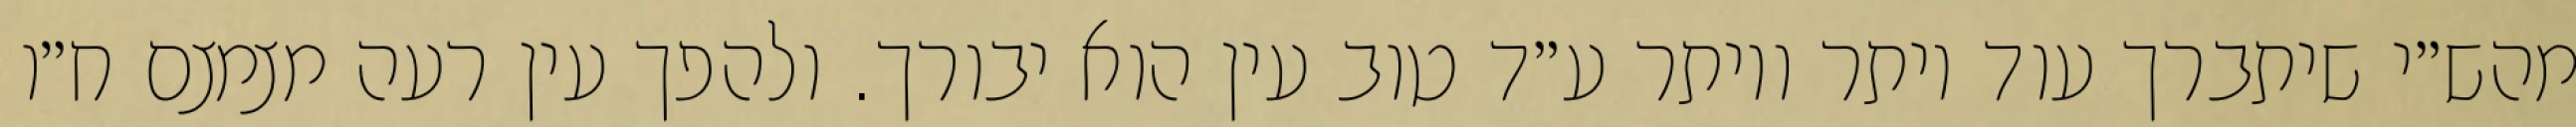
מהש״י שיתברך עוד יותר ויותר ע״ד טוב עין הוא יבורך. ולהפך עין רעה מצמצם ח״ו